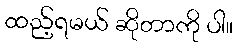
ထည့်ရမယ် ဆိုတာကို ပါ။